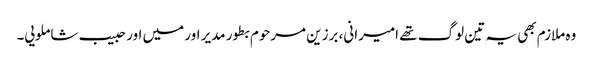
وہ ملازم بھی یہ تین لوگ تھے امیرانی، برزین مرحوم بطور مدیر اور میں اور حبیب شاملویی۔